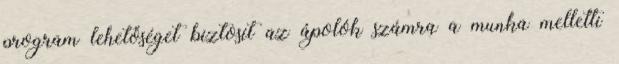
program lehetőséget biztosít az ápolók számra a munka melletti